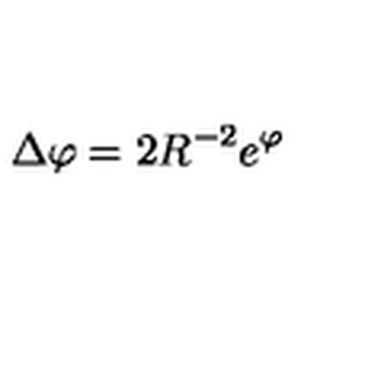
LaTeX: \Delta \varphi = 2 R ^ { - 2 } e ^ { \varphi }